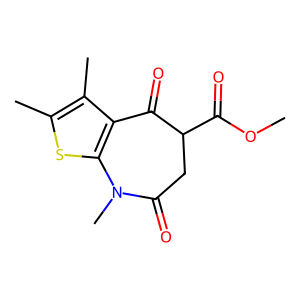
SMILES: COC(=O)C1CC(=O)N(C)c2sc(C)c(C)c2C1=O
Inhibits HIV replication: No